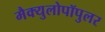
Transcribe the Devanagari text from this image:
मैक्युलोपॉपुलर